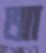
আ